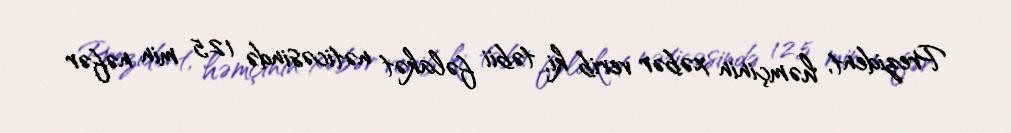
Prezident, həmçinin xəbər verib ki, təbii fəlakət nəticəsində 12,5 min nəfər